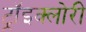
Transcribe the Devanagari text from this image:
ट्रॉइक्लोरी